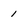
Character: l